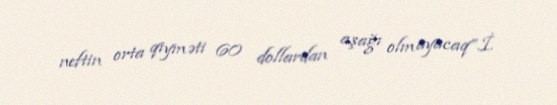
neftin orta qiyməti 60 dollardan aşağı olmayacaq”.İ.